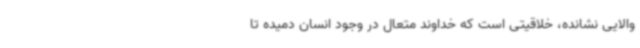
والایی نشانده، خلاقیتی است که خداوند متعال در وجود انسان دمیده تا